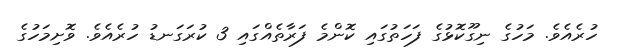
ހުރެއެވެ. މަހުގެ ނިގޫކޮޅުގެ ފަހަތުގައި ކޮންމެ ފަރާތެއްގައި 3 ކުރަގަނޑު ހުރެއެވެ. ވޮށިމަހުގެ